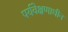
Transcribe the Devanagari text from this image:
पर्यवेक्षणाधीन